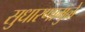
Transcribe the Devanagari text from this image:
सुधारणामुळे